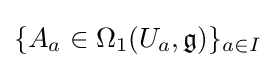
\{A_{a}\in \Omega _{1}(U_{a},{\mathfrak {g}})\}_{a\in I}